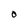
Character: O